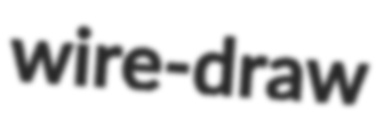
wire-draw